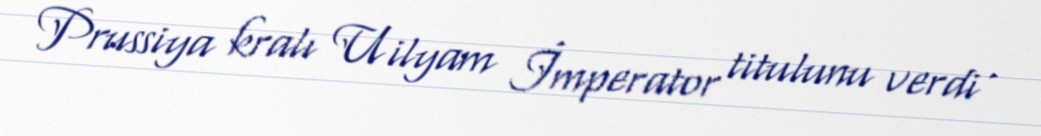
Prussiya kralı Uilyam İmperator titulunu verdi .